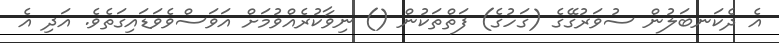
އެ ދެކަނބަލުން ސުވަރުގޭގެ (ގަހުގެ) ފަތްތަކުން () ނިވާކުރެއްވުމަށް އަވަސްވެވަޑައިގަތެވެ. އަދި އެ